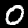
Digit: 0